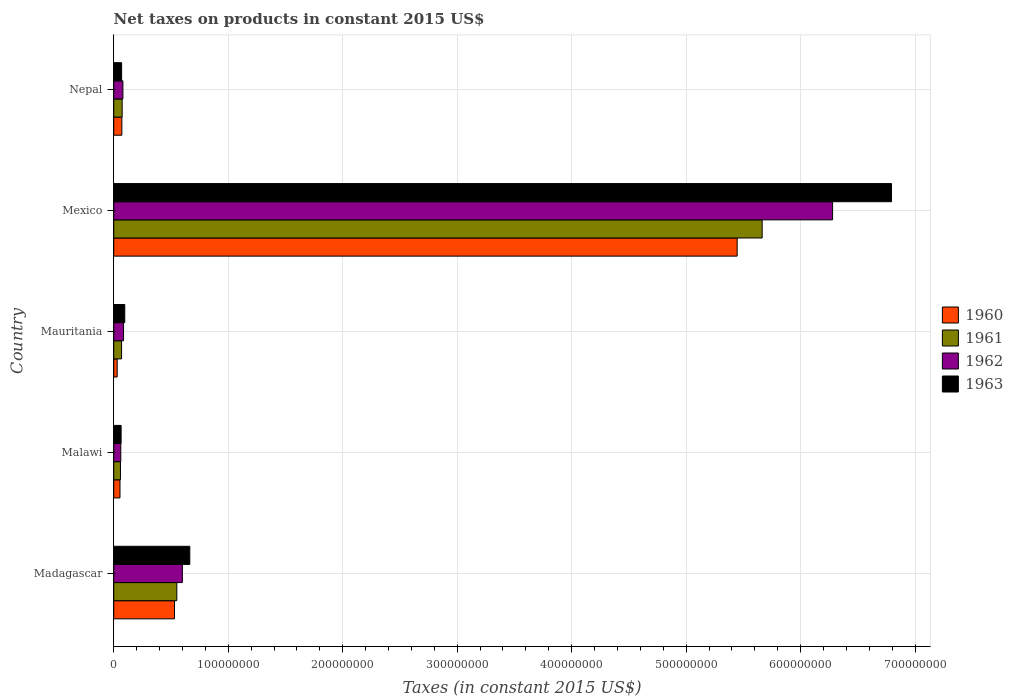
| Country | 1960 | 1961 | 1962 | 1963 |
 | --- | --- | --- | --- | --- |
 | Madagascar | 5.31e+07 | 5.51e+07 | 6e+07 | 6.64e+07 |
 | Malawi | 5.46e+06 | 5.88e+06 | 6.16e+06 | 6.44e+06 |
 | Mauritania | 3e+06 | 6.85e+06 | 8.56e+06 | 9.63e+06 |
 | Mexico | 5.45e+08 | 5.66e+08 | 6.28e+08 | 6.79e+08 |
 | Nepal | 7.09e+06 | 7.35e+06 | 8.01e+06 | 6.89e+06 |